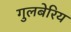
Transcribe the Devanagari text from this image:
गुलबेरिय